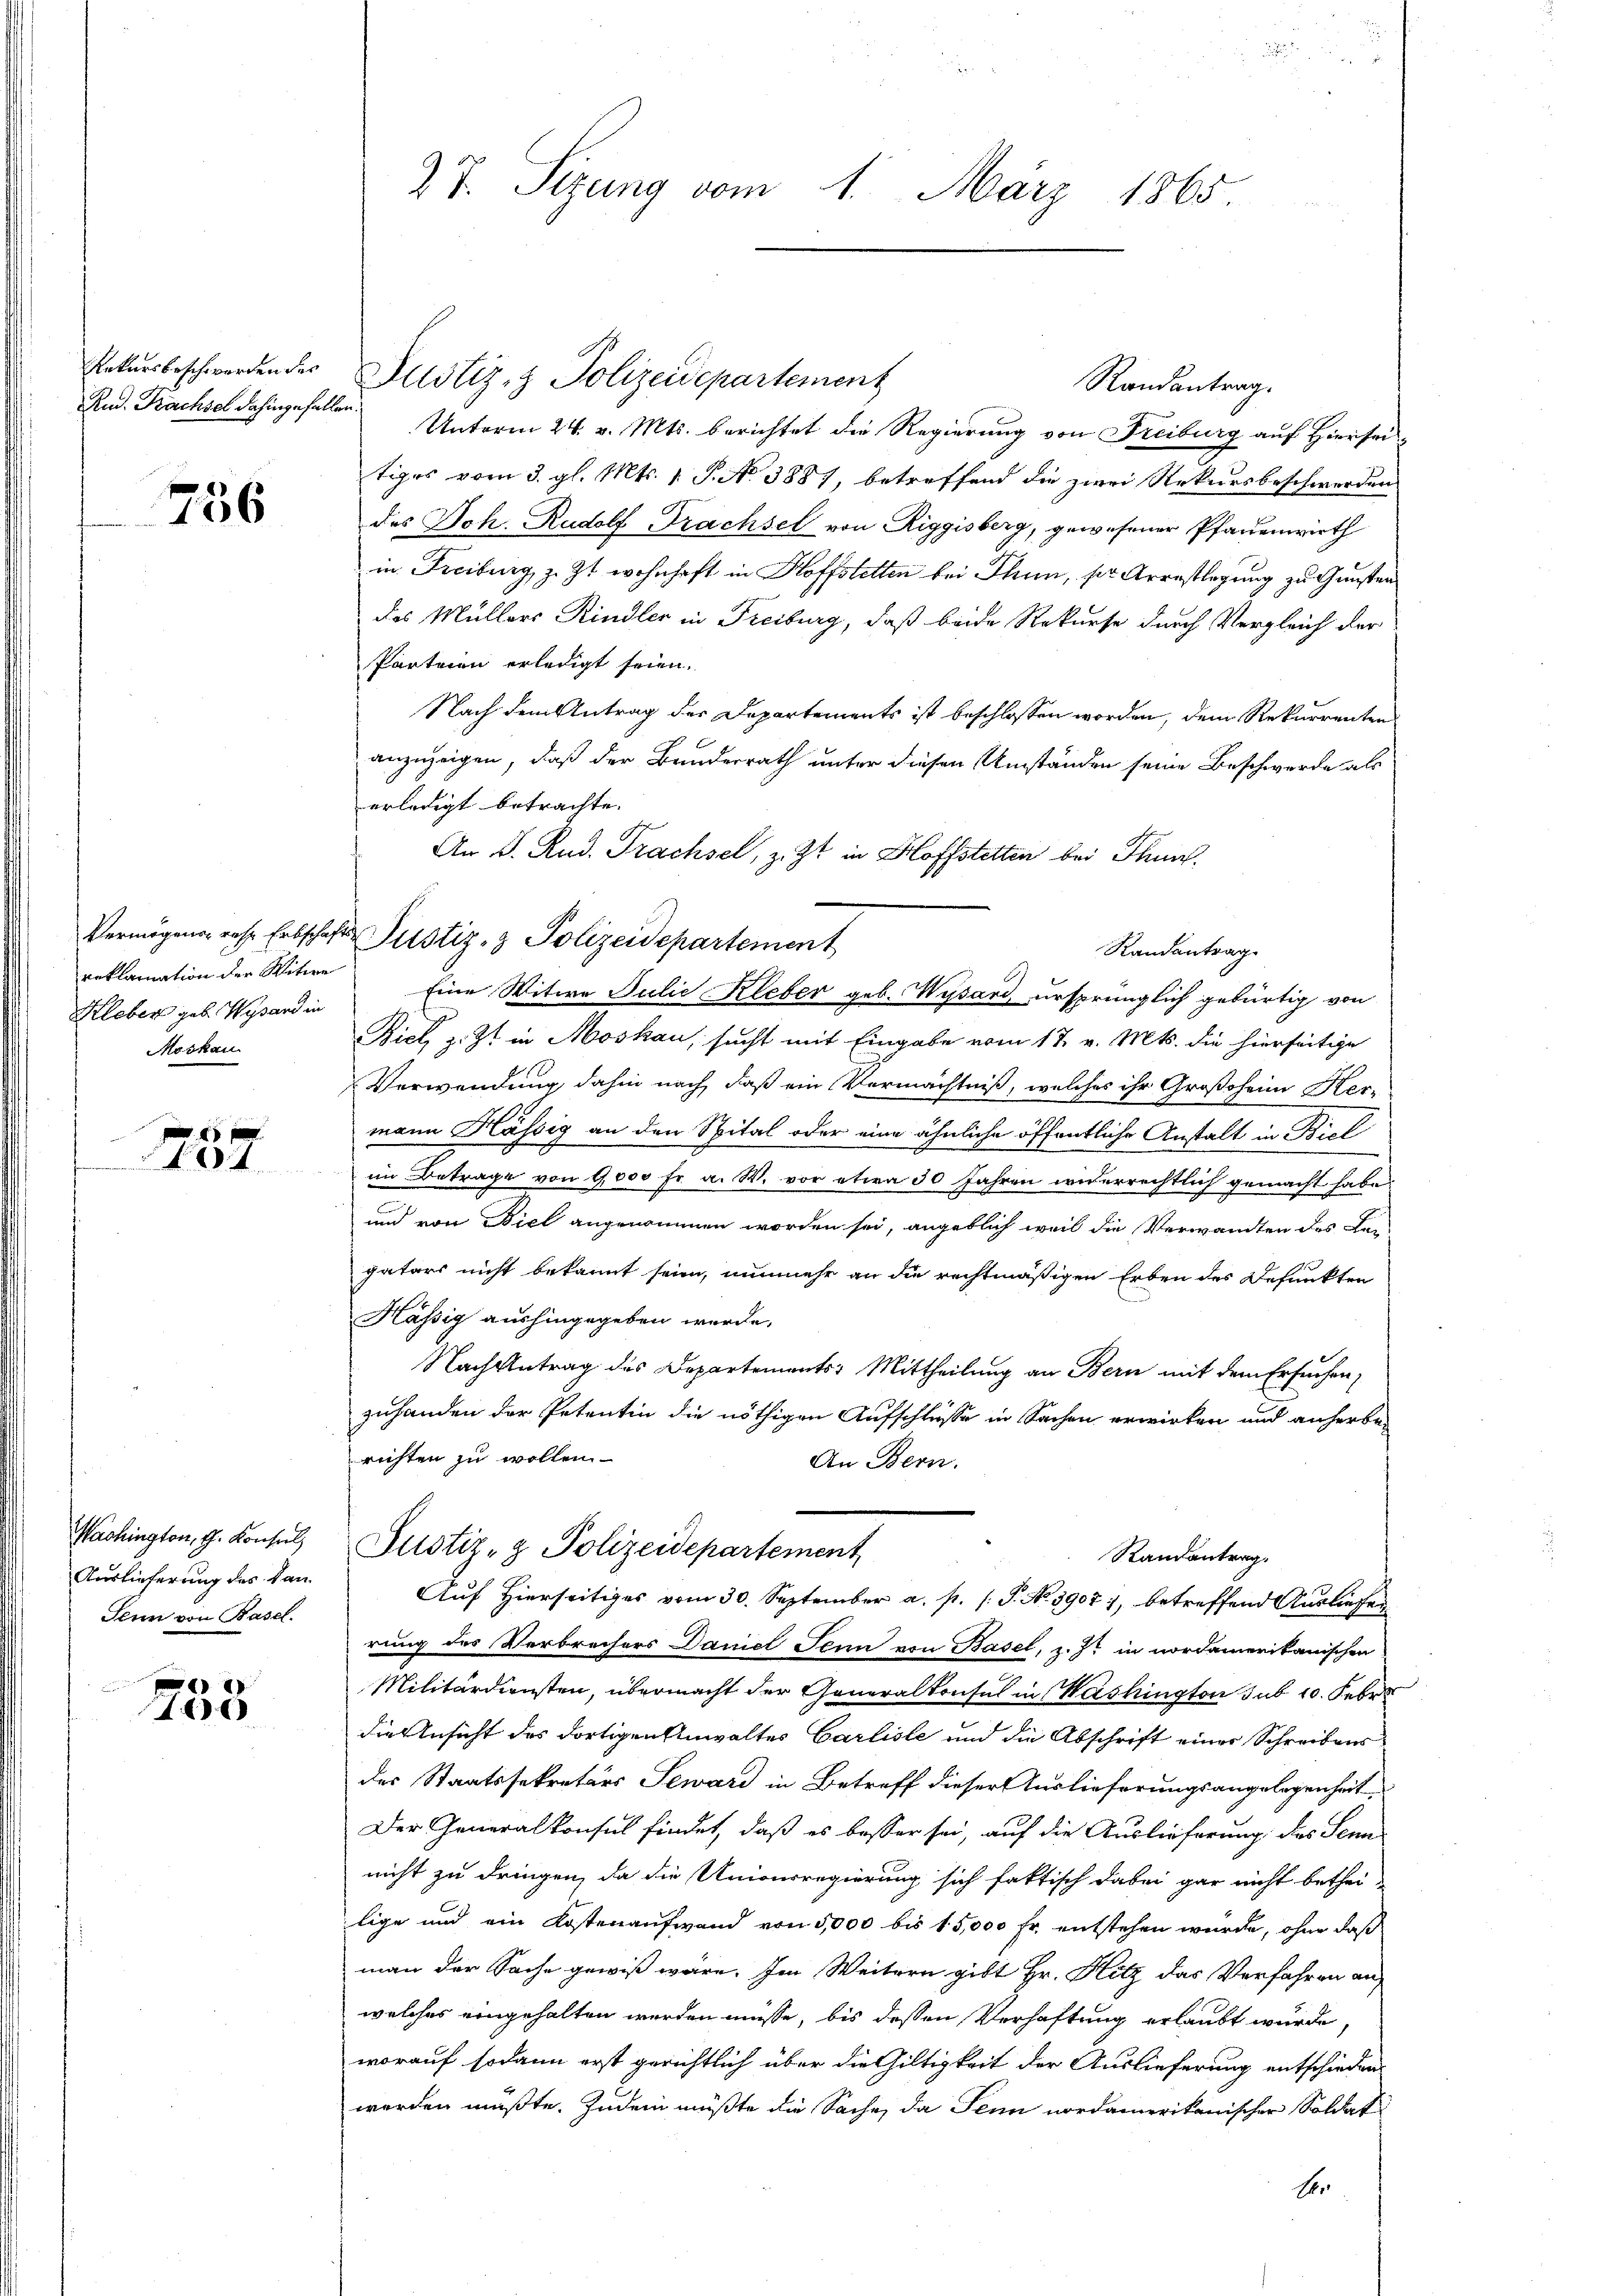
Rekursbeschwerden der
Rud. Kachsel dahingefallen.

756

reklamation der Witwe
Kleben geb. Wysard in
Moskau

45 x
4

Washington, G. Konsul
Auslieferung des kan
Senn von Basel.

10

27. Sizung vom 1. März 1865.

Justiz- & Polizeidepartement
Randantrag.
Unterm 24. v. Mts. berichtet die Regierung von Freiburg auf Hiersei
tiges vom 3. gl. Mts. 1. P. N. 3887, betreffend die zwei Rekursbeschwerden
des Joh. Rudolf Trachsel von Riggisberg, gewesener Pfauenwirth
in Freiburg, z. Zt. wohnhaft in Hoffstetten bei Thun, ser Arrestlegung zu Gunsten
das Müllers Rindler in Freiburg, daß beide Rekurse durch Vergleich der
Parteien erledigt seien.
Nach dem Antrag der Departements ist beschlossen worden, dem Rekurrenten
anzuzeigen, daß der Banderrath unter diesen Umständen seine Beschwerde als
erledigt betrachte.
An D. Rud. Prachsel, z. Zt. in Hoffstetten bei Thun.
Randantrag
Eine Witwe Julie Kleber geb. Wysard ursprünglich gebürtig von
Biel, z. Zt. in Moskau, sucht mit Eingabe vom 17. v. Mts. die hierseitige
Verwendung dahin nach, daß ein Vermächtniß, welches ihr Großoheim Her-
mann Häse
zig an den Spital oder eine ähnliche öffentliche Anstalt in Biel
im Betrage von 1000 Fr. a. W. vor etwa 30 Jahren widerrechtlich gemacht habe
und von Biel angenommen worden sei, angeblich weil die Verwandten des Begatars nicht bekannt sein, nunmehr an die rechtmäßigen Erben des Defunkten
Kässig aushingegeben wurde,
Nachgetrag des Departements: Mittheilung an Bern mit dem Ersuchen,
zuhanden der Petentin die nöthigen Aufschlüsse in Sachen erwirken und anherberichten zu wollen.
An Bern.
Justiz- & Polizeidepartement,
Randantrag.
Auf Hierseitiges vom 30. September a. p. 1 S. No. 39077, betreffend Ausliefen
rung des Verbrechers Daniel Senn von Basel, z. Z. in nordamerikanischen
Militärdiensten, übermacht der Generalkonsul in Washington sub 10. Febr.
die Ansicht des dortigen Anwaltes Carliste und die Abschrift einer Schreibensdes Staatssekretärs Seward in Betreff dieser Auslieferungsangelegenheit
Der Generalkonsul findet, daß es besser sei, auf die Auslieferung des Senn
nicht zu dringen, da die Unionsregierung sich faktisch dabei gar nicht bethei-
lige und ein Kostenaufwand von 5,000 bis 15,000 Fr. entstehen würde, ohne daß
man der Sache gewiß wäre. Im Weitern gibt Hr. Hitz das Verfahren an
welches eingehalten werden müsse, bis dessen Verhaftung erlaubt wurde,
worauf sodann erst gerichtlich über die Gültigkeit der Auslieferung entschieden.
werden müßte. Zudem müßte die Sache, da Jenn nordamerikanischer Soldat
Fr

Vermögens rese Erbschafts Justiz- & Polizeidepartement